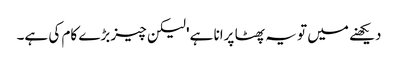
دیکھنے میں تو یہ پھٹا پرانا ہے' لیکن چیز بڑے کام کی ہے۔